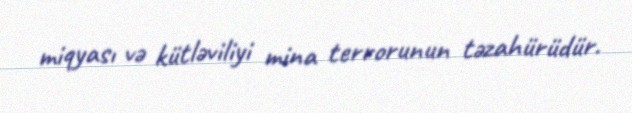
miqyası və kütləviliyi mina terrorunun təzahürüdür.